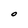
Character: O